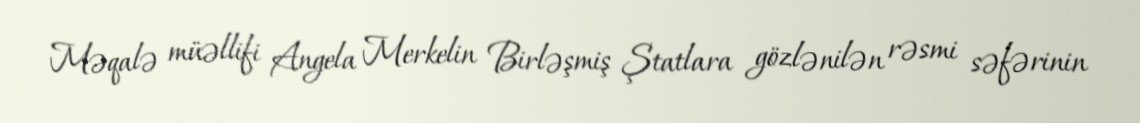
Məqalə müəllifi Angela Merkelin Birləşmiş Ştatlara gözlənilən rəsmi səfərinin